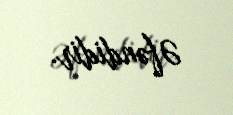
Əfəndidir.